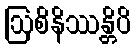
ဩစိနိဿန္တိပိ